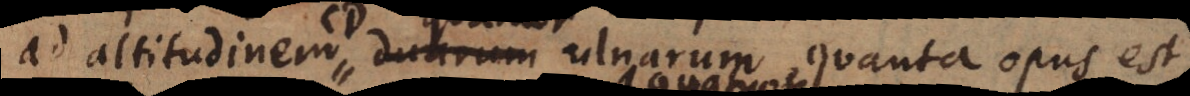
quatuor ulnarum, quanta opus est